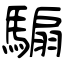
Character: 騸